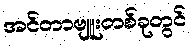
အင်တာဗျူးတစ်ခုတွင်